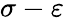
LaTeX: \sigma-\varepsilon